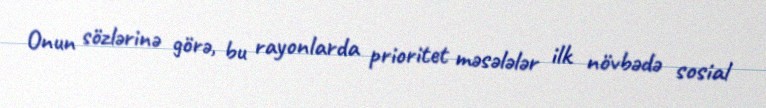
Onun sözlərinə görə, bu rayonlarda prioritet məsələlər ilk növbədə sosial